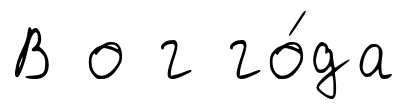
В о г го́да